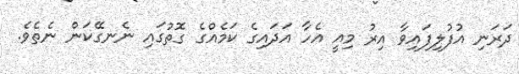
ދަރަނި އުފުލިފައިވާ އިރު މިއީ އެހާ އަދައިގެ ކަމެއްގެ ގޮތުގައި ނެނގޭކަން ނެތެވެ.